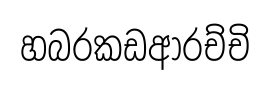
හබරකඩආරච්චි